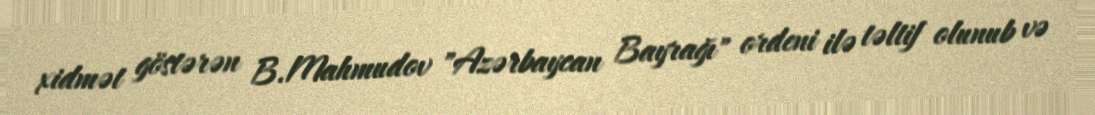
xidmət göstərən B.Mahmudov "Azərbaycan Bayrağı" ordeni ilə təltif olunub və